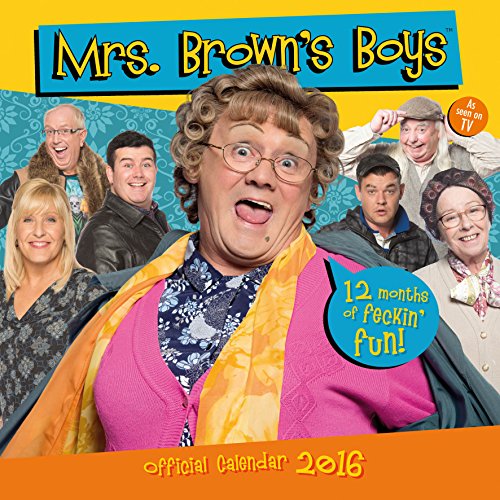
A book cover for The Official Mrs Brown's Boys 2016 Square Calendar; Calendars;